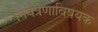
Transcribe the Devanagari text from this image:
नियंत्रणाविषयक